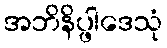
အဘိနိပ္ဖါဒေသုံ